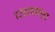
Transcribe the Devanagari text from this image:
पंचपारा